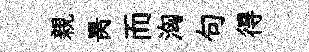
親昺而洶句得